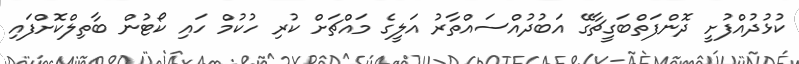
ކުޅުދުއްފުށީ ދޮންފަތްބަގީޗާގޭ އަބުދުއްްސައްތާރު އަލީގެ މައްޗަށް ކުރި ހުކުމް ހައި ކޯޓުން ބާތިލްކޮށްފައި